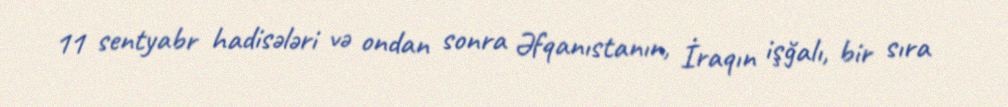
11 sentyabr hadisələri və ondan sonra Əfqanıstanın, İraqın işğalı, bir sıra